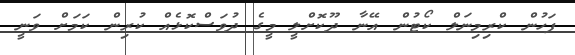
ފަހުން ކްރިމިނަލް ކޯޓުން އޭނާ ދޫކޮށްލީ މީގެ ދުވަސްކޮޅެއް ކުރިން ކަމަށް ވަނީ